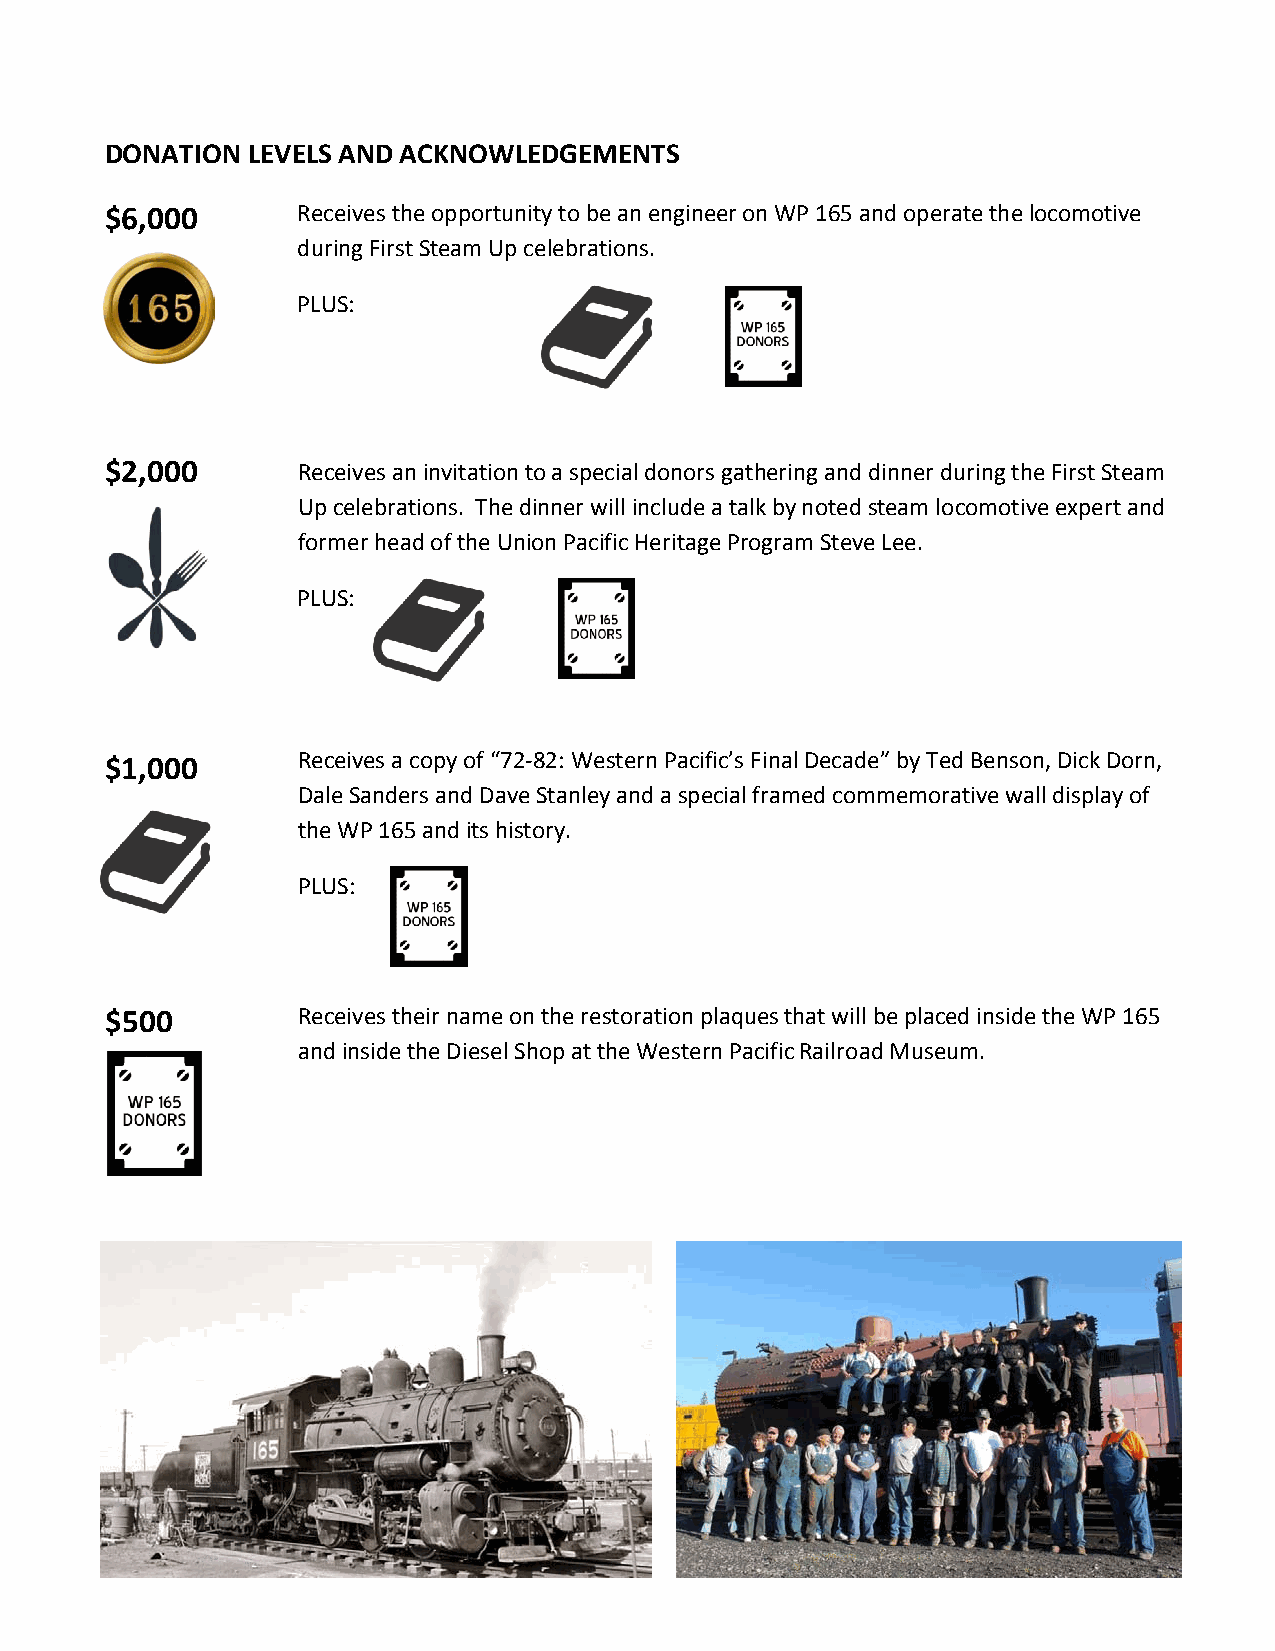
DONATION LEVELS AND ACKNOWLEDGEMENTS
 $6,000       Receives the opportunity to be an engineer on WP 165 and operate the locomotive
 during First Steam Up celebrations.
 PLUS:
 $2,000       Receives an invitation to a special donors gathering and dinner during the First Steam
 Up celebrations. The dinner will include a talk by noted steam locomotive expert and
 former head of the Union Pacific Heritage Program Steve Lee.
 PLUS:
 $1,000       Receives a copy of “72-82: Western Pacific’s Final Decade” by Ted Benson, Dick Dorn,
 Dale Sanders and Dave Stanley and a special framed commemorative wall display of
 the WP 165 and its history.
 PLUS:
 $500         Receives their name on the restoration plaques that will be placed inside the WP 165
 and inside the Diesel Shop at the Western Pacific Railroad Museum.